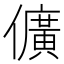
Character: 儣